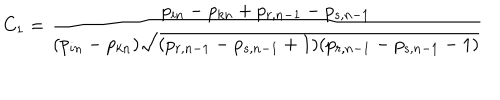
LaTeX: C _ { 1 } = \frac { p _ { i n } - p _ { k n } + p _ { r , n - 1 } - p _ { s , n - 1 } } { ( p _ { i n } - p _ { k n } ) \sqrt { ( p _ { r , n - 1 } - p _ { s , n - 1 } + 1 ) ( p _ { r , n - 1 } - p _ { s , n - 1 } - 1 ) } }